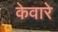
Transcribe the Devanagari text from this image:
केवारे